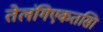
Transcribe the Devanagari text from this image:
तेलंगिएकतसिा